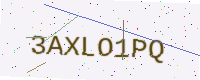
Text: 3AXLO1PQ